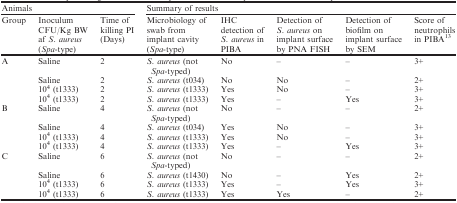
<table><thead><tr><td colspan="3"><b>Animals</b></td><td colspan="5"><b>Summary of results</b></td></tr><tr><td><b>Group</b></td><td><b>Inoculum CFU/Kg BW af <i>S. aureus</i> (<i>Spa</i>‐type)</b></td><td><b>Time of killing PI (Days)</b></td><td><b>Microbiology of swab from implant cavity (<i>Spa</i>‐type)</b></td><td><b>IHC detection of <i>S. aureus</i> in PIBA</b></td><td><b>Detection of <i>S. aureus</i> on implant surface by PNA FISH</b></td><td><b>Detection of biofilm on implant surface by SEM</b></td><td><b>Score of neutrophils in PIBA<sup>13</sup></b></td></tr></thead><tbody><tr><td rowspan="4">A</td><td>Saline</td><td>2</td><td><i>S. aureus</i> (not <i>Spa</i>‐typed)</td><td>No</td><td><i>–</i></td><td><i>–</i></td><td>3+</td></tr><tr><td>Saline</td><td>2</td><td><i>S. aureus</i> (t034)</td><td>No</td><td>No</td><td><i>–</i></td><td>2+</td></tr><tr><td>10<sup>4</sup> (t1333)</td><td>2</td><td><i>S. aureus</i> (t1333)</td><td>Yes</td><td>No</td><td><i>–</i></td><td>3+</td></tr><tr><td>10<sup>4</sup> (t1333)</td><td>2</td><td><i>S. aureus</i> (t1333)</td><td>Yes</td><td><i>–</i></td><td>Yes</td><td>3+</td></tr><tr><td rowspan="4">B</td><td>Saline</td><td>4</td><td><i>S. aureus</i> (not <i>Spa</i>‐typed)</td><td>No</td><td><i>–</i></td><td><i>–</i></td><td>2+</td></tr><tr><td>Saline</td><td>4</td><td><i>S. aureus</i> (t034)</td><td>Yes</td><td>No</td><td><i>–</i></td><td>3+</td></tr><tr><td>10<sup>4</sup> (t1333)</td><td>4</td><td><i>S. aureus</i> (t1333)</td><td>Yes</td><td>No</td><td><i>–</i></td><td>3+</td></tr><tr><td>10<sup>4</sup> (t1333)</td><td>4</td><td><i>S. aureus</i> (t1333)</td><td>Yes</td><td><i>–</i></td><td>Yes</td><td>3+</td></tr><tr><td rowspan="4">C</td><td>Saline</td><td>6</td><td><i>S. aureus</i> (not <i>Spa</i>‐typed)</td><td>No</td><td><i>–</i></td><td><i>–</i></td><td>2+</td></tr><tr><td>Saline</td><td>6</td><td><i>S. aureus</i> (t1430)</td><td>No</td><td><i>–</i></td><td>Yes</td><td>2+</td></tr><tr><td>10<sup>4</sup> (t1333)</td><td>6</td><td><i>S. aureus</i> (t1333)</td><td>Yes</td><td><i>–</i></td><td>Yes</td><td>3+</td></tr><tr><td>10<sup>4</sup> (t1333)</td><td>6</td><td><i>S. aureus</i> (t1333)</td><td>Yes</td><td>Yes</td><td><i>–</i></td><td>2+</td></tr></tbody></table>